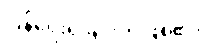
ပြန်ရေးရခြင်းဘဲဖြစ်၏။